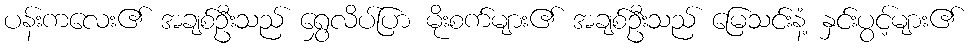
ပန်းကလေး၏ အချစ်ဦးသည် ရွှေလိပ်ပြာ မိုးစက်များ၏ အချစ်ဦးသည် မြေသင်းနံ့ နှင်းပွင့်များ၏